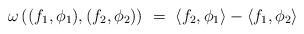
LaTeX: \begin{align*} \omega \left( ( f_1 , \phi_1 ) , ( f_2 , \phi_2 ) \right) \ = \ \langle f_2 , \phi_1 \rangle - \langle f_1 , \phi_2 \rangle \end{align*}